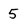
Character: 5